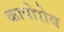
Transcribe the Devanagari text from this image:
कापोरोव